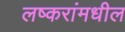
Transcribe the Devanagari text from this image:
लष्करांमधील